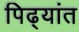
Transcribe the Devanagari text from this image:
पिढ्यांत